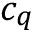
c _ { q } ^ { \phantom { \dagger } }